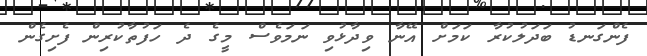
ފެންގަނޑު ބަދަލުކުރާ ކަމަށް އޭނާ ވިދާޅުވި ނަމަވެސް މީގެ ދެ ހަފުތާކުރިން ފެށިގެން